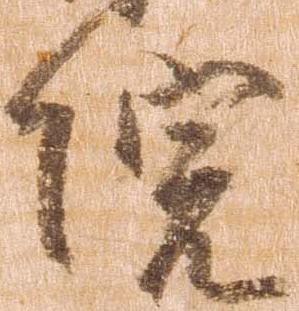
院